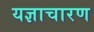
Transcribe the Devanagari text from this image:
यज्ञाचारण